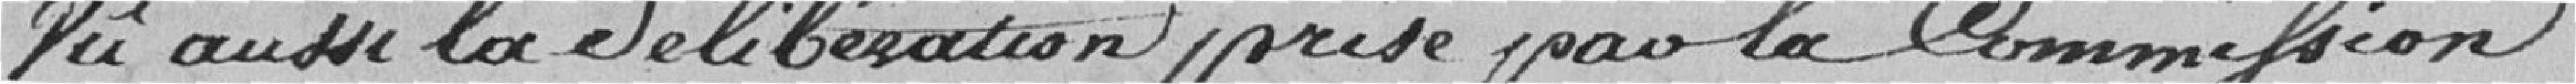
Vu aussi la délibération prise par la Commission